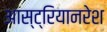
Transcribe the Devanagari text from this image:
आस्ट्रियानरेश